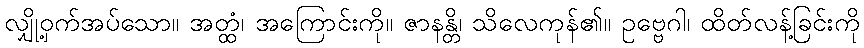
လျှို့ဝှက်အပ်သော။ အတ္ထံ၊ အကြောင်းကို။ ဇာနန္တိ၊ သိလေကုန်၏။ ဥဗ္ဗေဂါ၊ ထိတ်လန့်ခြင်းကို